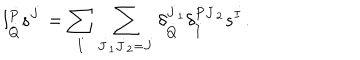
l _ { \dot { Q } } ^ { \dot { P } } s ^ { \dot { J } } = \sum _ { \dot { I } } \sum _ { \dot { J } _ { 1 } \dot { J } _ { 2 } = \dot { J } } \delta _ { \dot { Q } } ^ { \dot { J } _ { 1 } } \delta _ { \dot { I } } ^ { \dot { P } \dot { J } _ { 2 } } s ^ { \dot { I } } .